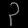
Digit: ၃